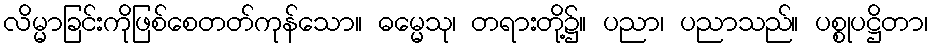
လိမ္မာခြင်းကိုဖြစ်စေတတ်ကုန်သော။ ဓမ္မေသု၊ တရားတို့၌။ ပညာ၊ ပညာသည်။ ပစ္စုပဋ္ဌိတာ၊